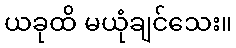
ယခုထိ မယုံချင်သေး။